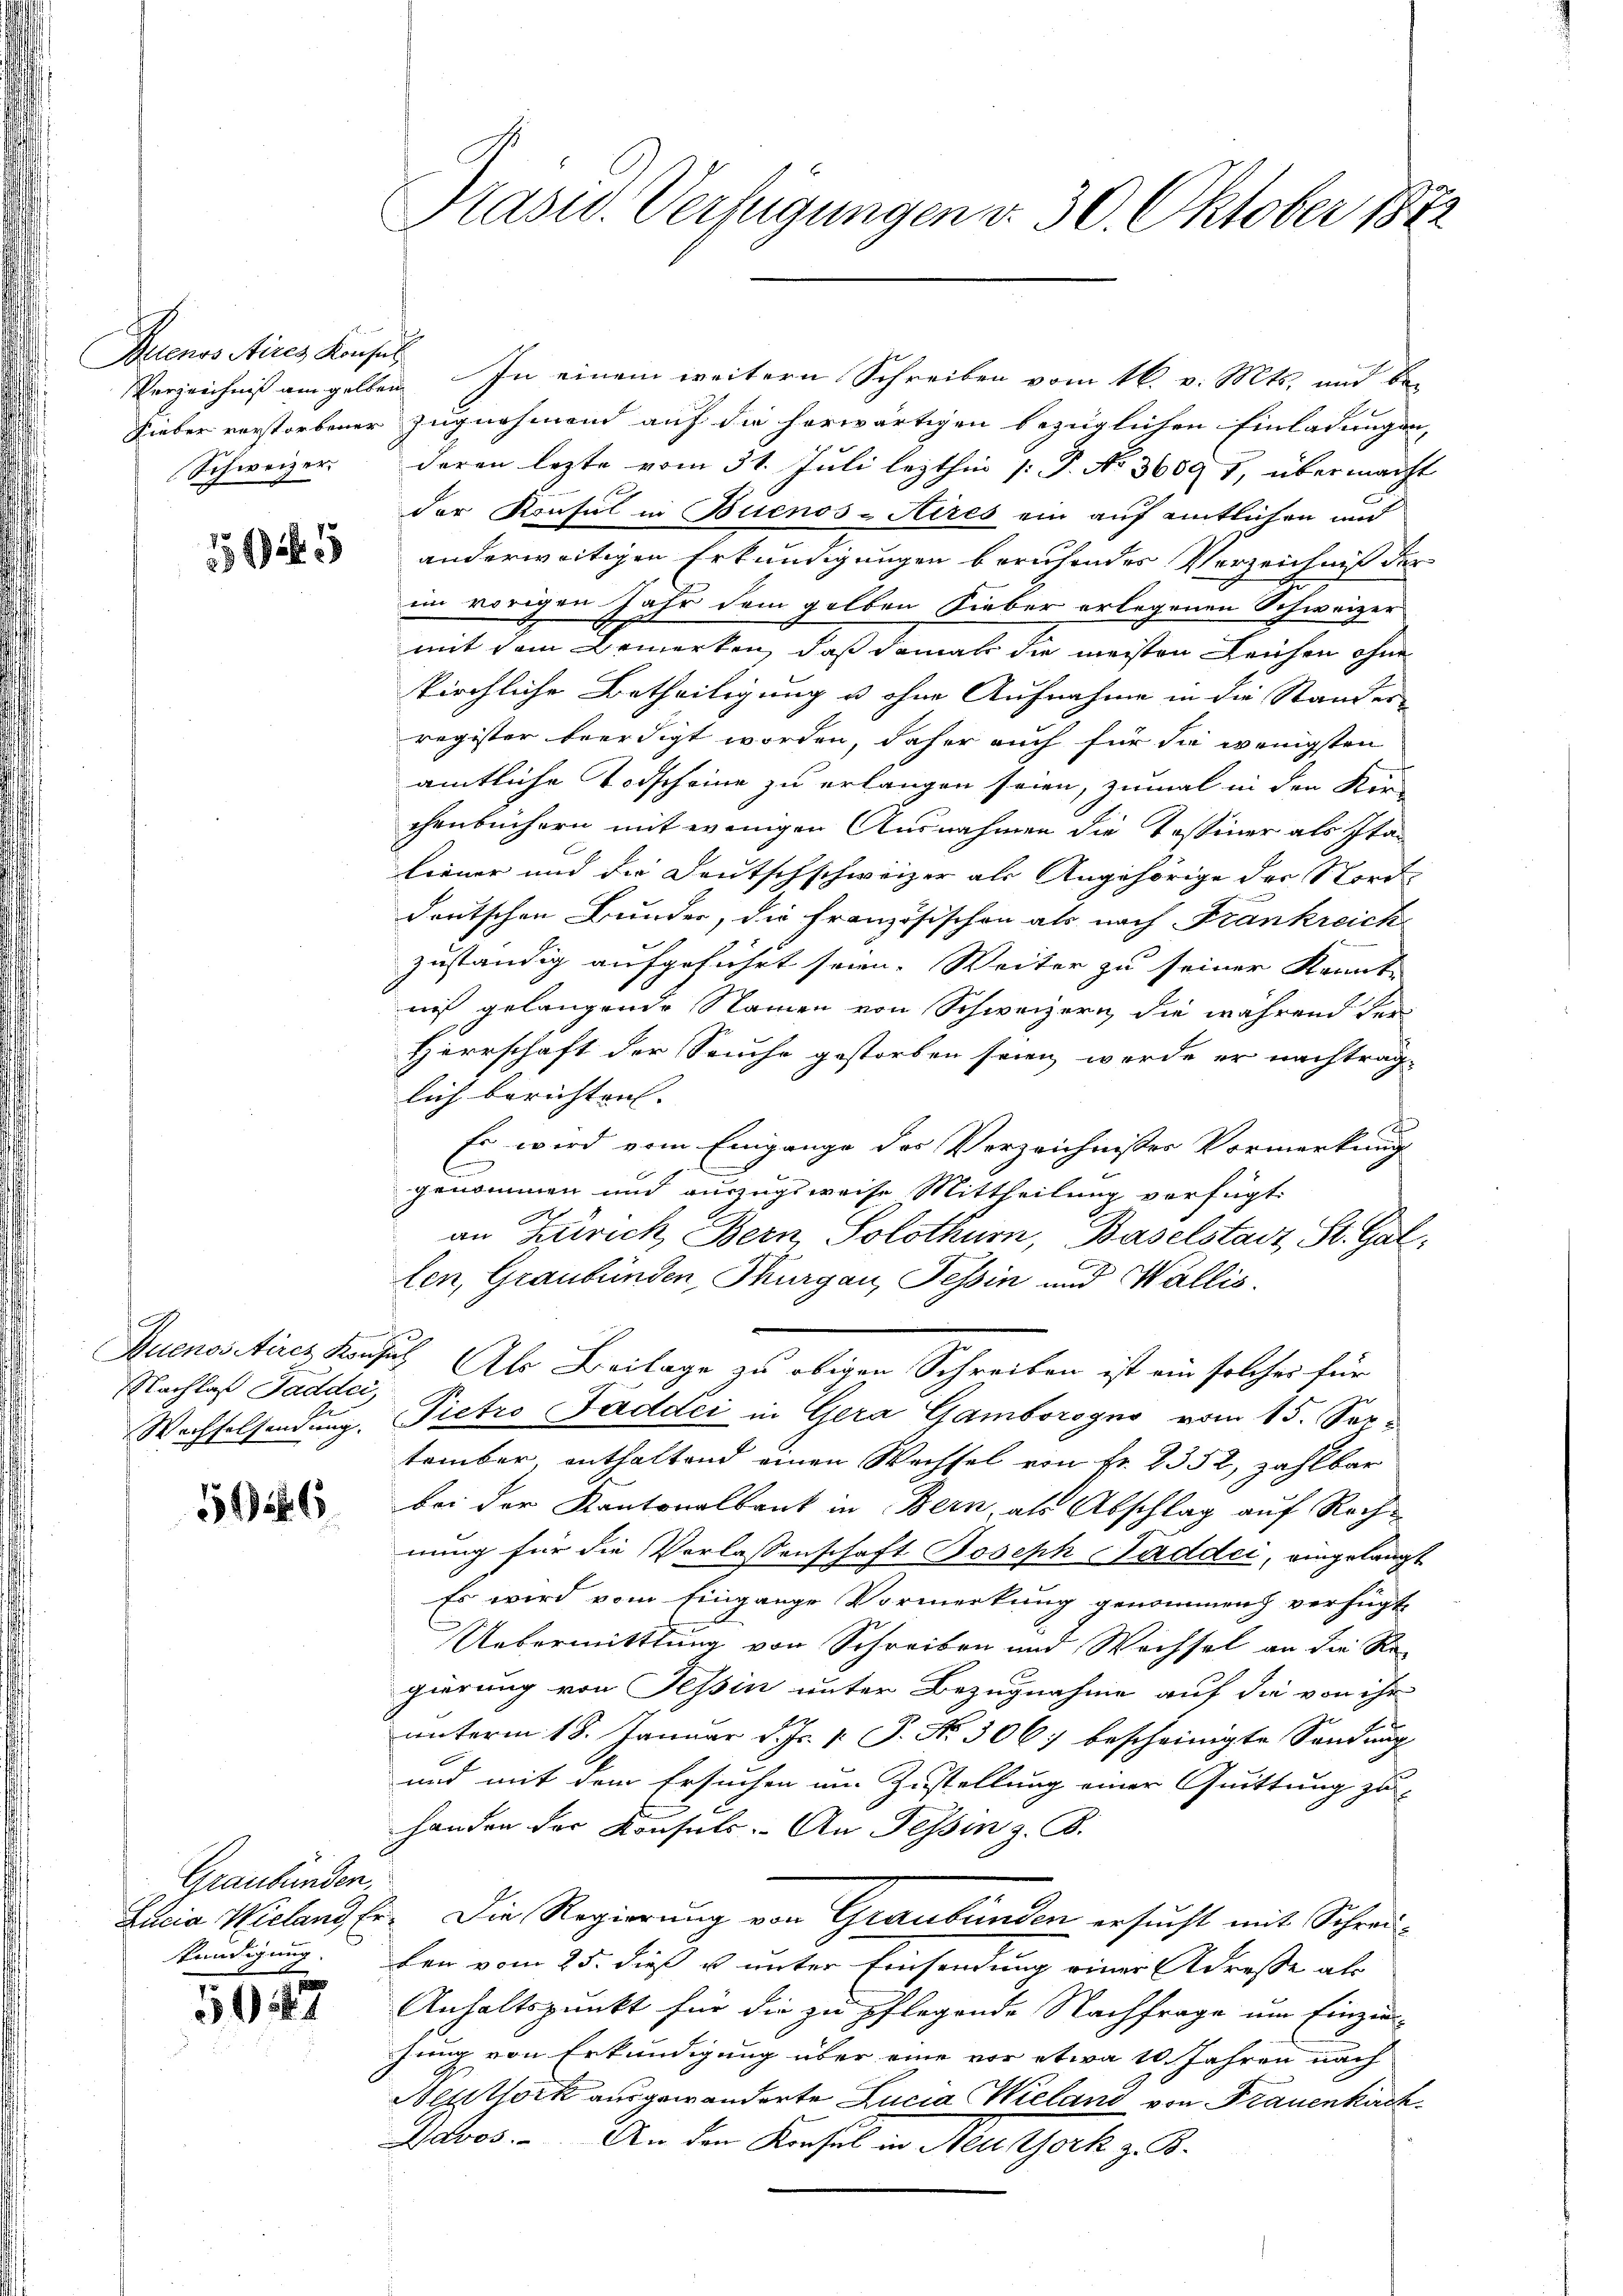
Buenos Aires Konsul
Schweizer.

152

Nachlaß Paddei,

586

Graubünden,
Kündigung.
x

50447

Kasw. Verfügungen d. 30. Oktober 1872

Verzeichniß am gelben. In einem weitern Schreiben vom 16. v. Mts. und be¬
Fieber verstorbener Zugnahmend auf die herwärtigen bezüglichen Einladungen,
deren lezte vom 31. Juli lezthin /: P. No 3609 1, übermacht
der Konsul in Buenos-Aires ein auf amtlichen und
anderweitigen Erkundigungen beruhendes Vorzeichniß der
im vorigen Jahr dem gelben Lieber erlegenen Schweizer
E
mit dem Bemerken, daß damals die meisten Leichen ohne
kirchliche Betheiligung u ohne Aufnahme in die Stander
register beerdigt worden, daher auch für die wenigsten
amtliche Todscheine zu erlangen seien, zumal in den Rei
chenbüchern mit wenigen Ausnahmen die Tessiner als Ita-
liener und die Deutschschweizer als Angehörige der Nord-
deutschen Bunder, die Französischen als nach Frankreich
zuständig aufgeführt seien. Weiter zu seiner Kennt-
nis gelangende Namen von Schweizern, die während der
Herrschaft der Seuche gestorben seien, worde er nachtrag-
lich berichten. |
Es wird vom Eingange des Verzeichnisses Vormerkung
.
genommen und auszugsweise Mittheilung vorfügt:
.
an Zürich Bern, Solothur, Baselstadt, St. Gallen, Graubünden, Thurgau, Tessin und Wallis.
Buenositirez Konsul Als Beilage zu obigen Schreiben ist ein solches für
Wechselsendung. Pietro Paddci in Gera Gamborogno vom 15. Ser-
tember enthaltend einen Wechsel von Fr. 8352, zahlbar
bei der Kantonalbank in Bern, als Abschlag auf Rech-
nung für die Verlassenschaft Joseph Saddii, eingelangt
Es wird vom Eingange Vormerkung genommen verfügt
Uebermittlung von Schreiben und Wachsel an die Re-
gierung von Tessin unter Bezugnahme auf die von ihr
unterm 18. Januar d. Js. v. P. Nr. 3067 bescheinigte Sendung
und mit dem Ersuchen um Zustellung einer Quittung zu
handen der Konsuls. An Tessin z. B.
Lucia Wieland Er. Die Regierung von Graubünden ersucht mit Schreiben vom 25. dieß u unter Einsendung einer Adresse als
Anhaltspunkt für die zu pflegende Nachfrage um Einzin-
hung von Erkundigung über eine vor etwa 10. Jahren nach
Beutörk ausgewanderte Lucia Wieland von Frauenkirch
Davos. An den Konsul in Neu York z. B.